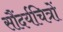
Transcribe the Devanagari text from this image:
सौंदर्यचित्रों